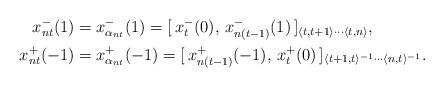
LaTeX: \begin{align*}x_{nt}^-(1)&= x_{\alpha_{nt}}^-(1)=[\,x_t^-(0),\, x_{n(t-1)}^-(1)\,]_{\langle t, t+1\rangle\cdots \langle t, n\rangle},\\x_{nt}^+(-1)&= x_{\alpha_{nt}}^+(-1)=[\,x_{n(t-1)}^+(-1),\, x_{t}^+(0)\,]_{\langle t+1, t\rangle^{-1}\cdots \langle n, t\rangle^{-1}}.\end{align*}